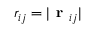
r _ { i j } = | \textbf { r } _ { i j } |